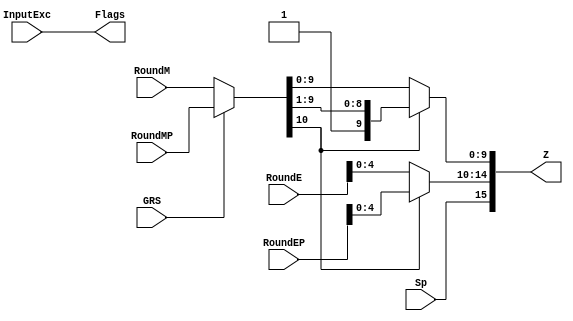
`define EXPONENT 5
`define MANTISSA 10
`define ACTUAL_MANTISSA 11
`define EXPONENT_LSB 10
`define EXPONENT_MSB 14
`define MANTISSA_LSB 0
`define MANTISSA_MSB 9
`define MANTISSA_MUL_SPLIT_LSB 3
`define MANTISSA_MUL_SPLIT_MSB 9
`define SIGN 1
`define SIGN_LOC 15
`define DWIDTH (`SIGN+`EXPONENT+`MANTISSA)
`define IEEE_COMPLIANCE 1

module FPMult_RoundModule(
		RoundM,
		RoundMP,
		RoundE,
		RoundEP,
		Sp,
		GRS,
		InputExc,
		Z,
		Flags
    );

	// Input Ports
	input [`MANTISSA:0] RoundM ;									// Normalized mantissa
	input [`MANTISSA:0] RoundMP ;									// Normalized exponent
	input [`EXPONENT:0] RoundE ;									// Normalized mantissa + 1
	input [`EXPONENT:0] RoundEP ;									// Normalized exponent + 1
	input Sp ;												// Product sign
	input GRS ;
	input [4:0] InputExc ;
	
	// Output Ports
	output [`DWIDTH-1:0] Z ;										// Final product
	output [4:0] Flags ;
	
	// Internal Signals
	wire [`EXPONENT:0] FinalE ;									// Rounded exponent
	wire [`MANTISSA:0] FinalM;
	wire [`MANTISSA:0] PreShiftM;
	
	assign PreShiftM = GRS ? RoundMP : RoundM ;	// Round up if R and (G or S)
	
	// Post rounding normalization (potential one bit shift> use shifted mantissa if there is overflow)
	assign FinalM = (PreShiftM[`MANTISSA] ? {1'b0, PreShiftM[`MANTISSA:1]} : PreShiftM[`MANTISSA:0]) ;
	
	assign FinalE = (PreShiftM[`MANTISSA] ? RoundEP : RoundE) ; // Increment exponent if a shift was done
	
	assign Z = {Sp, FinalE[`EXPONENT-1:0], FinalM[`MANTISSA-1:0]} ;   // Putting the pieces together
	assign Flags = InputExc[4:0];

endmodule